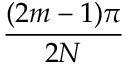
\frac { ( 2 m - 1 ) \pi } { 2 N }